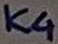
Text: K4